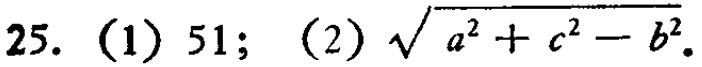
25. (1) 51; (2) $\sqrt{a^{2}+c^{2}-b^{2}}$.